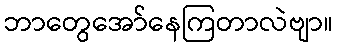
ဘာတွေအော်နေကြတာလဲဗျာ။